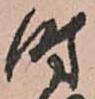
時